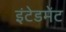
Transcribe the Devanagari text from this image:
इंटेडमेंट